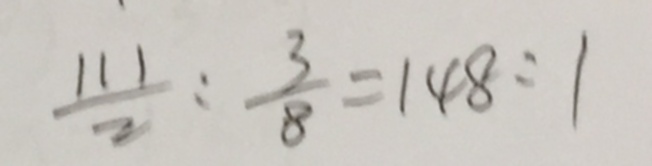
\frac { 1 1 1 } { 2 } : \frac { 3 } { 8 } = 1 4 8 : 1